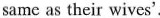
same as their wives'.